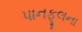
પાનફૂલના